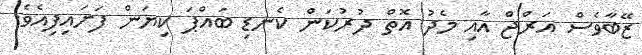
ޒޭބާވެސް އަރްޖް އާއި މެދު އޮތް ދުރުކަން ކެނޑި ބައްޕަ ކިޔަން ފަށައިފިއެވެ.